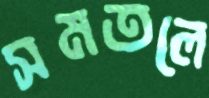
সমতলে